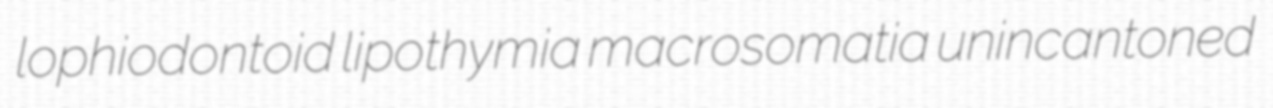
lophiodontoid lipothymia macrosomatia unincantoned